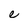
Character: e